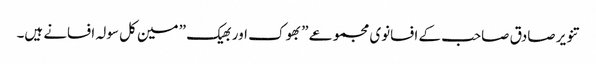
تنویر صادق صاحب کے افسانوی مجموعے ” بھوک اور بھیک ” مین کل سولہ افسانے ہیں۔